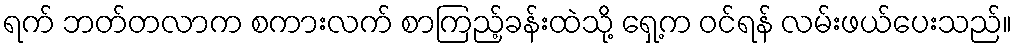
ရက် ဘတ်တလာက စကားလက် စာကြည့်ခန်းထဲသို့ ရှေ့က ဝင်ရန် လမ်းဖယ်ပေးသည်။